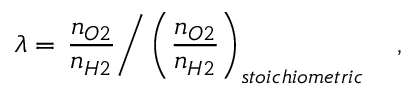
\lambda = \left. \frac { n _ { O 2 } } { n _ { H 2 } } \right/ \left( \frac { n _ { O 2 } } { n _ { H 2 } } \right) _ { s t o i c h i o m e t r i c } \quad ,